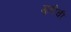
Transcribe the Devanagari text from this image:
मूतीची